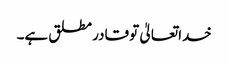
خداتعالیٰ تو قادر مطلق ہے۔